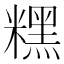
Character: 𥼯